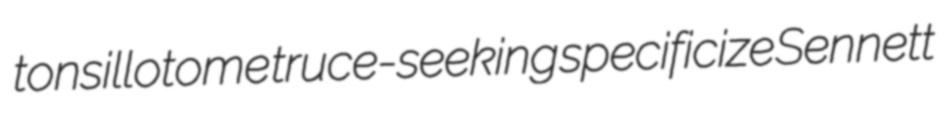
tonsillotome truce-seeking specificize Sennett